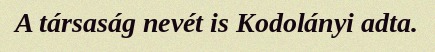
A társaság nevét is Kodolányi adta.